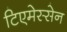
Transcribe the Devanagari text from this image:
टिएमेस्सेन